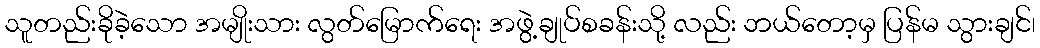
သူတည်းခိုခဲ့သော အမျိုးသား လွတ်မြောက်ရေး အဖွဲ့ချုပ်စခန်းသို့ လည်း ဘယ်တော့မှ ပြန်မ သွားချင်၊